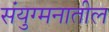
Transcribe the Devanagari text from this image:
संयुग्मनातील